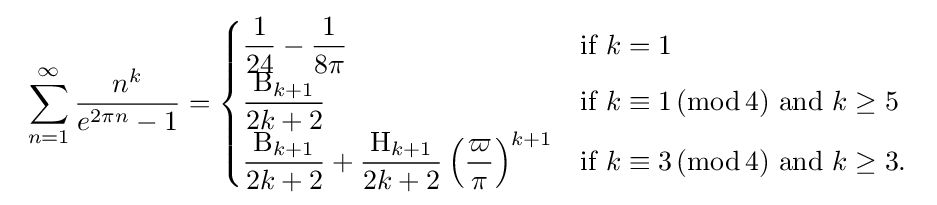
\displaystyle {\begin{array}{ll}\displaystyle \sum _{n=1}^{\infty }{\dfrac {n^{k}}{e^{2\pi n}-1}}={\begin{cases}{\dfrac {1}{24}}-{\dfrac {1}{8\pi }}&{\text{if}}\ k=1\\{\dfrac {\mathrm {B} _{k+1}}{2k+2}}&{\text{if}}\ k\equiv 1\,(\mathrm {mod} \,4)\ {\text{and}}\ k\geq 5\\{\dfrac {\mathrm {B} _{k+1}}{2k+2}}+{\dfrac {\mathrm {H} _{k+1}}{2k+2}}\left({\dfrac {\varpi }{\pi }}\right)^{k+1}&{\text{if}}\ k\equiv 3\,(\mathrm {mod} \,4)\ {\text{and}}\ k\geq 3.\\\end{cases}}\end{array}}